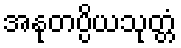
အနုတပ္ပိယသုတ္တံ